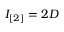
I _ { [ 2 ] } = 2 D